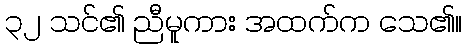
၃၂ သင်၏ ညီမူကား အထက်က သေ၏။